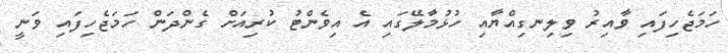
ހަމަޖެހިފައި ވާއިރު ވިލިނގިއްޔާއި ހުޅުމާލޭގައި އެ އިވެންޓު ކުރިއަށް ގެންދަން ހަމަޖެހިފައި ވަނީ